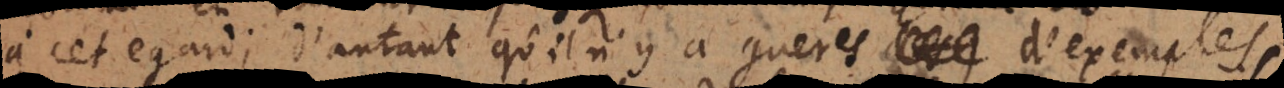
t egard; d’autant qu’il n’y a gueres d’exemples